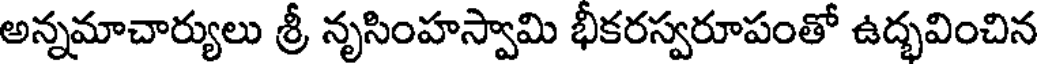
అన్నమాచార్యులు శ్రీ నృసింహస్వామి భీకరస్వరూపంతో ఉద్భవించిన